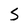
Character: S